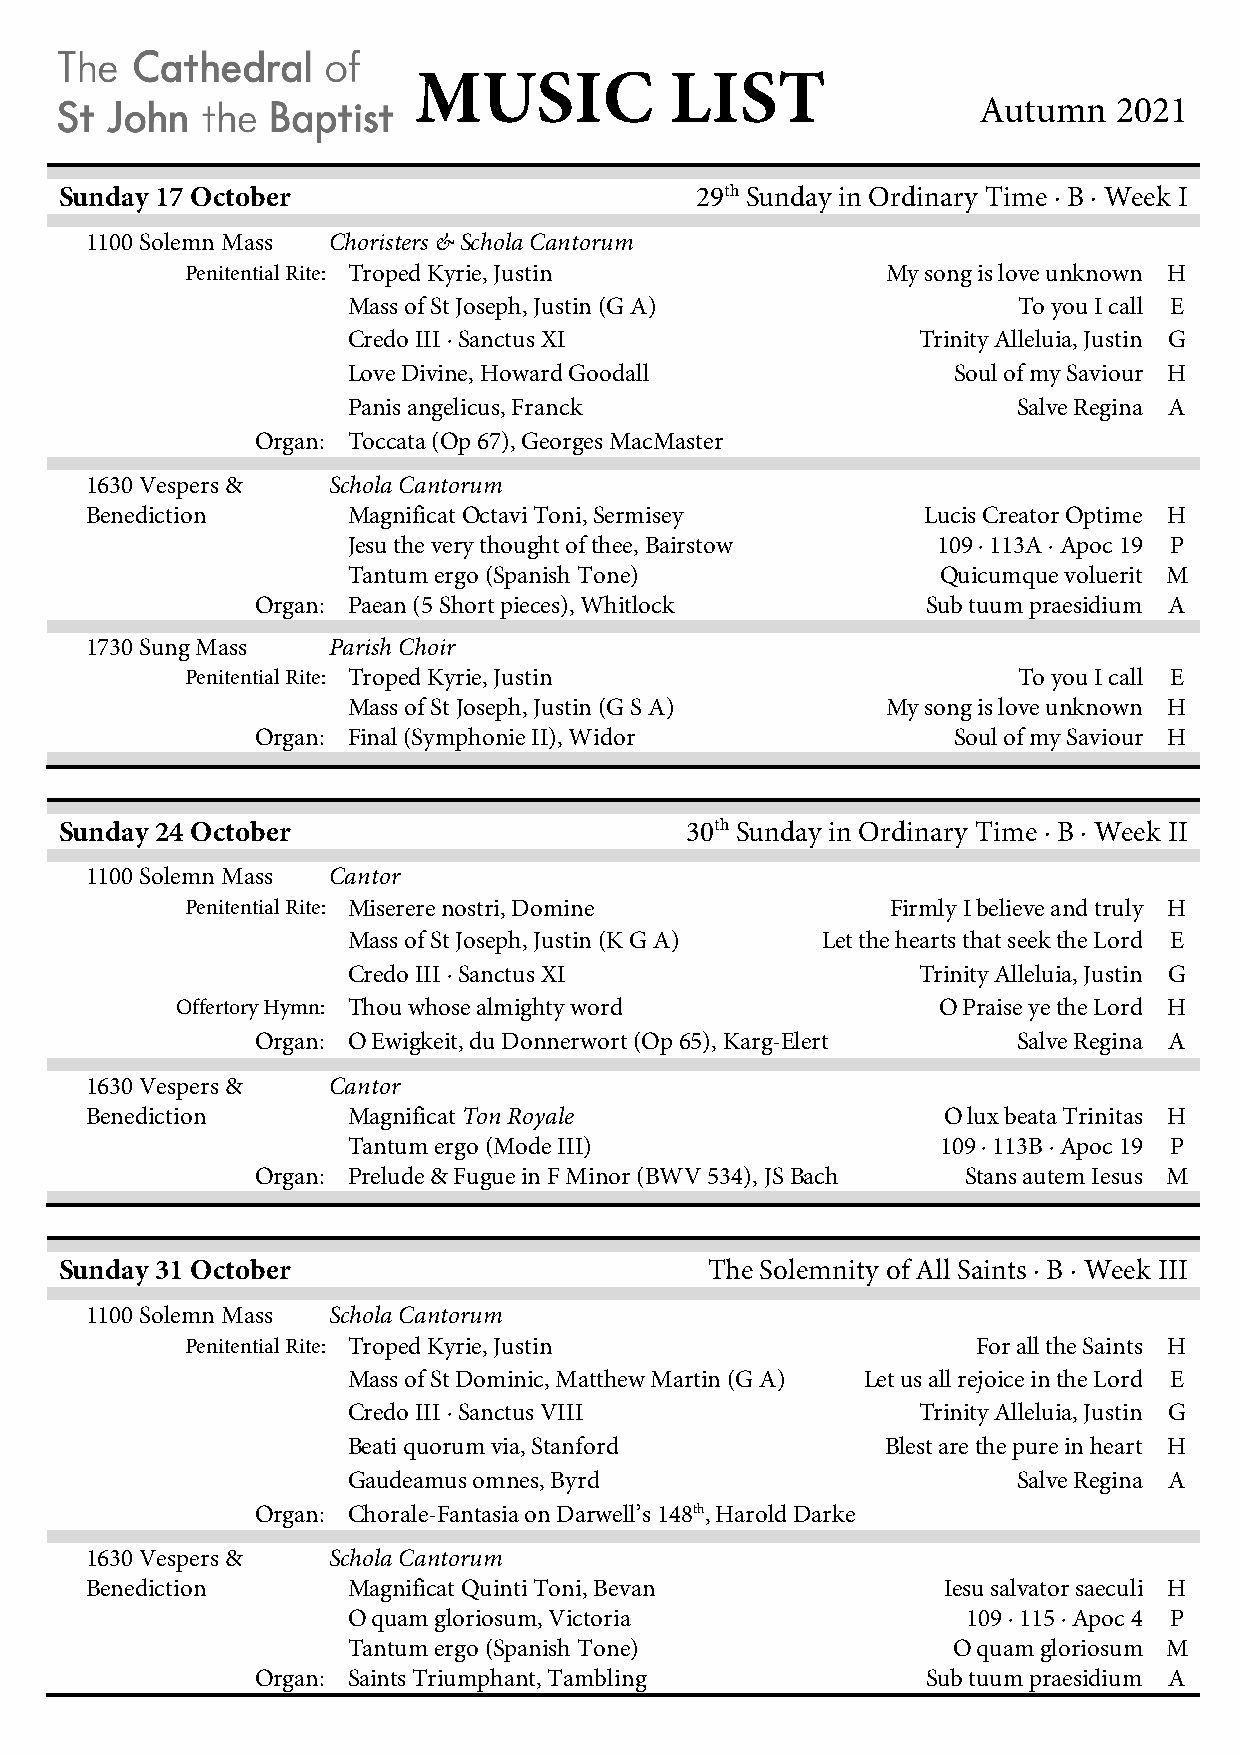
MUSIC            LIST
 Autumn   2021
 Sunday 17 October                         29th Sunday in Ordinary Time ∙ B ∙ Week I
 1100 Solemn Mass Choristers & Schola Cantorum
 Penitential Rite: Troped Kyrie, Justin         My song is love unknown H
 Mass of St Joseph, Justin (G A)             To you I call E
 Credo III ∙ Sanctus XI                Trinity Alleluia, Justin G
 Love Divine, Howard Goodall             Soul of my Saviour H
 Panis angelicus, Franck                     Salve Regina A
 Organ: Toccata (Op 67), Georges MacMaster
 1630 Vespers &  Schola Cantorum
 Benediction      Magnificat Octavi Toni, Sermisey      Lucis Creator Optime H
 Jesu the very thought of thee, Bairstow 109 ∙ 113A ∙ Apoc 19 P
 Tantum ergo (Spanish Tone)             Quicumque voluerit M
 Organ: Paean (5 Short pieces), Whitlock     Sub tuum praesidium A
 1730 Sung Mass  Parish Choir
 Penitential Rite: Troped Kyrie, Justin                 To you I call E
 Mass of St Joseph, Justin (G S A)   My song is love unknown H
 Organ: Final (Symphonie II), Widor            Soul of my Saviour H
 Sunday 24 October                        30th Sunday in Ordinary Time ∙ B ∙ Week II
 1100 Solemn Mass Cantor
 Penitential Rite: Miserere nostri, Domine      Firmly I believe and truly H
 Mass of St Joseph, Justin (K G A) Let the hearts that seek the Lord E
 Credo III ∙ Sanctus XI                Trinity Alleluia, Justin G
 Offertory Hymn: Thou whose almighty word          O Praise ye the Lord H
 Organ: O Ewigkeit, du Donnerwort (Op 65), Karg-Elert Salve Regina A
 1630 Vespers &  Cantor
 Benediction      Magnificat Ton Royale                  O lux beata Trinitas H
 Tantum ergo (Mode III)                 109 ∙ 113B ∙ Apoc 19 P
 Organ: Prelude & Fugue in F Minor (BWV 534), JS Bach Stans autem Iesus M
 Sunday 31 October                          The Solemnity of All Saints ∙ B ∙ Week III
 1100 Solemn Mass Schola Cantorum
 Penitential Rite: Troped Kyrie, Justin               For all the Saints H
 Mass of St Dominic, Matthew Martin (G A) Let us all rejoice in the Lord E
 Credo III ∙ Sanctus VIII              Trinity Alleluia, Justin G
 Beati quorum via, Stanford          Blest are the pure in heart H
 Gaudeamus omnes, Byrd                       Salve Regina A
 Organ: Chorale-Fantasia on Darwell’s 148th, Harold Darke
 1630 Vespers &  Schola Cantorum
 Benediction      Magnificat Quinti Toni, Bevan          Iesu salvator saeculi H
 O quam gloriosum, Victoria               109 ∙ 115 ∙ Apoc 4 P
 Tantum ergo (Spanish Tone)              O quam gloriosum M
 Organ: Saints Triumphant, Tambling          Sub tuum praesidium A